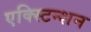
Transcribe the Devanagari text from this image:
एक्स्टिन्शन